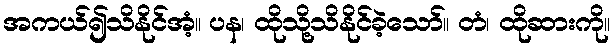
အကယ်၍သိနိုင်အံ့။ ပန၊ ထိုသို့သိနိုင်ခဲ့သော်။ တံ၊ ထိုဆားကို။